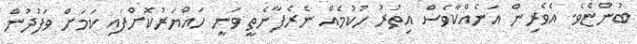
ބުންޏެވެ. އެވެރިން އަނެއްކާވެސް އިތުރު ހުކުމެއް ނެރެފާނެތީ ވަނީ ހައްޔަރުކޮށްފައި ކަމަށް ވަފުދުން